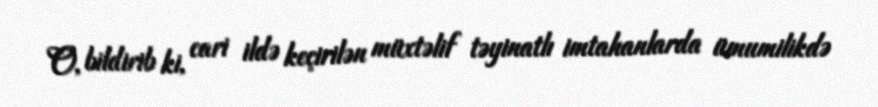
O, bildirib ki, cari ildə keçirilən müxtəlif təyinatlı imtahanlarda ümumilikdə